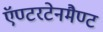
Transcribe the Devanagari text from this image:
ऍण्टरटेनमैण्ट